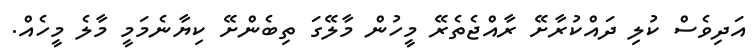
އަދިވެސް ކުލި ދައްކުރާށޭ ރާއްޖެތެރޭ މީހުން މާލޭގަ ތިބެންށޭ ކިޔާނެމަމީ މާލެ މީހެއް.